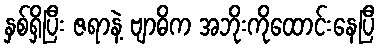
နှစ်ရှိပြီး ဇရာနဲ့ ဗျာဓိက အဘိုးကိုထောင်းနေပြီ